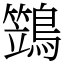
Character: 鷑